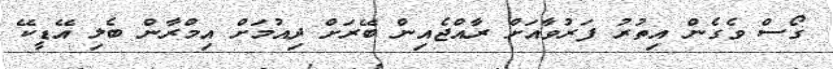
ގޯސް ވެގެން އިތުރު ފަރުވާއަށް ރާއްޖެއިން ބޭރަށް ދިއުމަށް އިމްރާން ބެލި އޭޑީކޭ